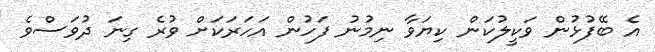
އެ ބޭފުޅުން ވަކީލުކަން ކިޔަވާ ނިމުނު ފަހުން އަހަރަކަށް ވުރެ ގިނަ ދުވަސްވެ